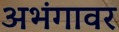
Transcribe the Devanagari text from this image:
अभंगावर